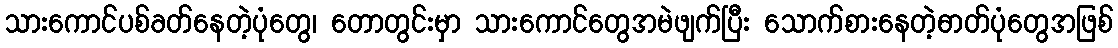
သားကောင်ပစ်ခတ်နေတဲ့ပုံတွေ၊ တောတွင်းမှာ သားကောင်တွေအမဲဖျက်ပြီး သောက်စားနေတဲ့ဓာတ်ပုံတွေအဖြစ်